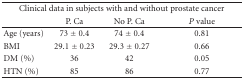
<table><thead><tr><td colspan="4"><b>Clinical data in subjects with and without prostate cancer</b></td></tr><tr><td></td><td><b>P. Ca</b></td><td><b>No P. Ca</b></td><td><b><i>P</i> value </b></td></tr></thead><tbody><tr><td>Age (years)</td><td>73 ± 0.4</td><td>74 ± 0.4</td><td>0.81</td></tr><tr><td>BMI</td><td>29.1 ± 0.23</td><td>29.3 ± 0.27</td><td>0.66</td></tr><tr><td>DM (%)</td><td>36</td><td>42</td><td>0.05</td></tr><tr><td>HTN (%)</td><td>85</td><td>86</td><td>0.77</td></tr></tbody></table>